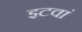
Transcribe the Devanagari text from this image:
इटवां